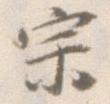
宗